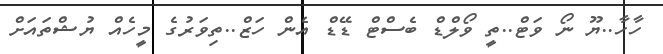
ހާހާ..ޔޫ ނޯ ވަޓް..ތީ ވޯލްޑް ބެސްޓް ޑޭޑް އެން ހަޒް..ތިވަރުގެ މީހެއް ޔުޝްތައަށް